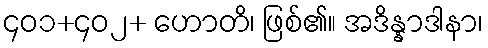
၄၀၁+၄၀၂+ ဟောတိ၊ ဖြစ်၏။ အဒိန္နာဒါနာ၊